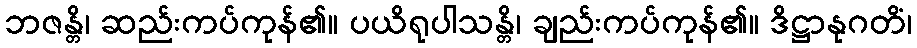
ဘဇန္တိ၊ ဆည်းကပ်ကုန်၏။ ပယိရုပါသန္တိ၊ ချည်းကပ်ကုန်၏။ ဒိဋ္ဌာနုဂတိံ၊